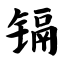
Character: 镉